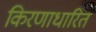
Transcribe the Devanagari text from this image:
किरणाधारित